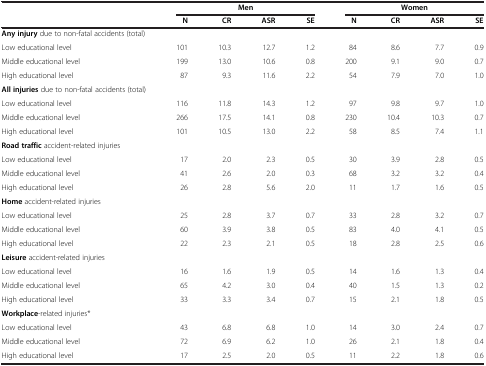
<table><thead><tr><td><b> </b></td><td colspan="4"><b>Men</b></td><td colspan="4"><b>Women</b></td></tr><tr><td><b> </b></td><td><b>N</b></td><td><b>CR</b></td><td><b>ASR</b></td><td><b>SE</b></td><td><b>N</b></td><td><b>CR</b></td><td><b>ASR</b></td><td><b>SE</b></td></tr></thead><tbody><tr><td><b>Any injury</b> due to non-fatal accidents (total)</td><td> </td><td> </td><td> </td><td> </td><td> </td><td> </td><td> </td><td> </td></tr><tr><td>Low educational level</td><td>101</td><td>10.3</td><td>12.7</td><td>1.2</td><td>84</td><td>8.6</td><td>7.7</td><td>0.9</td></tr><tr><td>Middle educational level</td><td>199</td><td>13.0</td><td>10.6</td><td>0.8</td><td>200</td><td>9.1</td><td>9.0</td><td>0.7</td></tr><tr><td>High educational level</td><td>87</td><td>9.3</td><td>11.6</td><td>2.2</td><td>54</td><td>7.9</td><td>7.0</td><td>1.0</td></tr><tr><td><b>All injuries</b> due to non-fatal accidents (total)</td><td> </td><td> </td><td> </td><td> </td><td> </td><td> </td><td> </td><td> </td></tr><tr><td>Low educational level</td><td>116</td><td>11.8</td><td>14.3</td><td>1.2</td><td>97</td><td>9.8</td><td>9.7</td><td>1.0</td></tr><tr><td>Middle educational level</td><td>266</td><td>17.5</td><td>14.1</td><td>0.8</td><td>230</td><td>10.4</td><td>10.3</td><td>0.7</td></tr><tr><td>High educational level</td><td>101</td><td>10.5</td><td>13.0</td><td>2.2</td><td>58</td><td>8.5</td><td>7.4</td><td>1.1</td></tr><tr><td><b>Road traffic</b> accident-related injuries</td><td> </td><td> </td><td> </td><td> </td><td> </td><td> </td><td> </td><td> </td></tr><tr><td>Low educational level</td><td>17</td><td>2.0</td><td>2.3</td><td>0.5</td><td>30</td><td>3.9</td><td>2.8</td><td>0.5</td></tr><tr><td>Middle educational level</td><td>41</td><td>2.6</td><td>2.0</td><td>0.3</td><td>68</td><td>3.2</td><td>3.2</td><td>0.4</td></tr><tr><td>High educational level</td><td>26</td><td>2.8</td><td>5.6</td><td>2.0</td><td>11</td><td>1.7</td><td>1.6</td><td>0.5</td></tr><tr><td><b>Home</b> accident-related injuries</td><td> </td><td> </td><td> </td><td> </td><td> </td><td> </td><td> </td><td> </td></tr><tr><td>Low educational level</td><td>25</td><td>2.8</td><td>3.7</td><td>0.7</td><td>33</td><td>2.8</td><td>3.2</td><td>0.7</td></tr><tr><td>Middle educational level</td><td>60</td><td>3.9</td><td>3.8</td><td>0.5</td><td>83</td><td>4.0</td><td>4.1</td><td>0.5</td></tr><tr><td>High educational level</td><td>22</td><td>2.3</td><td>2.1</td><td>0.5</td><td>18</td><td>2.8</td><td>2.5</td><td>0.6</td></tr><tr><td><b>Leisure</b> accident-related injuries</td><td> </td><td> </td><td> </td><td> </td><td> </td><td> </td><td> </td><td> </td></tr><tr><td>Low educational level</td><td>16</td><td>1.6</td><td>1.9</td><td>0.5</td><td>14</td><td>1.6</td><td>1.3</td><td>0.4</td></tr><tr><td>Middle educational level</td><td>65</td><td>4.2</td><td>3.0</td><td>0.4</td><td>40</td><td>1.5</td><td>1.3</td><td>0.2</td></tr><tr><td>High educational level</td><td>33</td><td>3.3</td><td>3.4</td><td>0.7</td><td>15</td><td>2.1</td><td>1.8</td><td>0.5</td></tr><tr><td><b>Workplace</b>-related injuries*</td><td> </td><td> </td><td> </td><td> </td><td> </td><td> </td><td> </td><td> </td></tr><tr><td>Low educational level</td><td>43</td><td>6.8</td><td>6.8</td><td>1.0</td><td>14</td><td>3.0</td><td>2.4</td><td>0.7</td></tr><tr><td>Middle educational level</td><td>72</td><td>6.9</td><td>6.2</td><td>1.0</td><td>26</td><td>2.1</td><td>1.8</td><td>0.4</td></tr><tr><td>High educational level</td><td>17</td><td>2.5</td><td>2.0</td><td>0.5</td><td>11</td><td>2.2</td><td>1.8</td><td>0.6</td></tr></tbody></table>